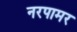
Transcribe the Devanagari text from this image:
नरपामर